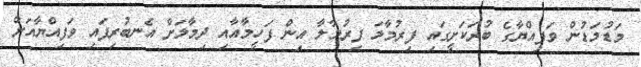
މަޑުމަޑުން ވަފިއްޔާގެ ބުރަކަށީގައި ފިރުމާލަ ފިރުމާލާ އިން ފަހީމާއާއި ދިމާލަށް އެނބުރިފައި ވަފިއްޔާއަށް